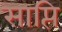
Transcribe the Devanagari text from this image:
साप्ति